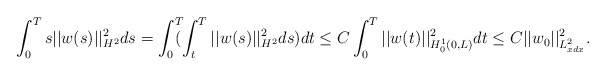
\begin{align*}\int_0^T s||w(s)||^2_{H^2} ds = \int_0^T\!\!\! ( \int_t^T ||w(s)||^2_{H^2}ds) dt \le C \int_0^T ||w (t) ||^2_{H^1_0(0,L)} dt \le C ||w_0||^2_{L^2_{xdx}}. \end{align*}